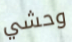
وحشي